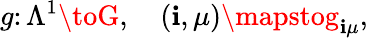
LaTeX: g\colon\Lambda^{1}\toG,\quad(\mathbf{i},\mu)\mapstog_{\mathbf{i}\mu},